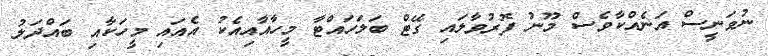
ނުވަނީސް އަނެއްކާވެސް މޫނު ފޮރުވާލައި ގޭޓް ބަލަހައްޓާ މީހާއާއިއެކު އެއައި މީހަކާއި ބައްދަލު